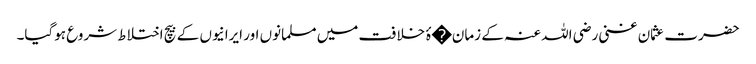
حضرت عثمان غنی رضی اللہ عنہ کے زمان�ۂ خلافت میں مسلمانوں اور ایرانیوں کے بیچ اختلاط شروع ہوگیا۔